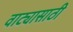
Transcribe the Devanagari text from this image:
वाट्यासाठी